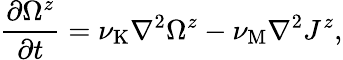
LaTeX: \frac{\partial\Omega^{z}}{\partial t}=\nu_{\mathrm{{K}}}\nabla^{2}\Omega^{z}-\nu_{\mathrm{{M}}}\nabla^{2}J^{z},